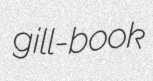
gill-book